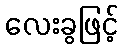
လေးခွဖြင့်